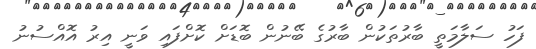
ފަހު ސަލާމަތީ ބާރުތަކުން ބާރުގެ ބޭނުން ބޮޑަށް ކޮށްފައި ވަނީ އިރު އޮއްސުނު